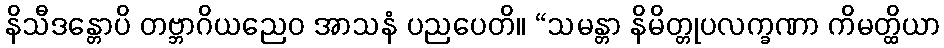
နိသီဒန္တောပိ တဗ္ဘာဂိယညေဝ အာသနံ ပညပေတိ။ “သမန္တာ နိမိတ္တုပလက္ခဏာ ကိမတ္ထိယာ